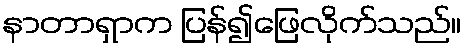
နာတာရှာက ပြန်၍ဖြေလိုက်သည်။